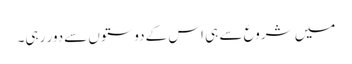
میں شروع سے ہی اس کےدوستوں سےدور رہی۔